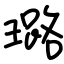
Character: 璐